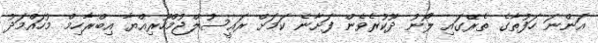
އަންނަ ހަފުތާގެ ތެރޭގައި ލޯނު ދޫކުރެވެން ފަށާނެ ކަމަށް ރައީސުލްޖުމްހޫރިއްޔާ އިބްރާހިމް މުހައްމަދު